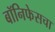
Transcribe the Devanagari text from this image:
बॉनिफेसचा